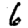
Digit: 6